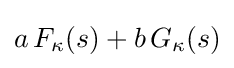
a\,F_{\kappa }(s)+b\,G_{\kappa }(s)